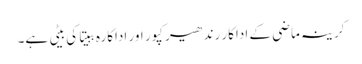
کرینہ ماضی کے اداکار رندھیر کپور اور اداکارہ ببیتا کی بیٹی ہے۔